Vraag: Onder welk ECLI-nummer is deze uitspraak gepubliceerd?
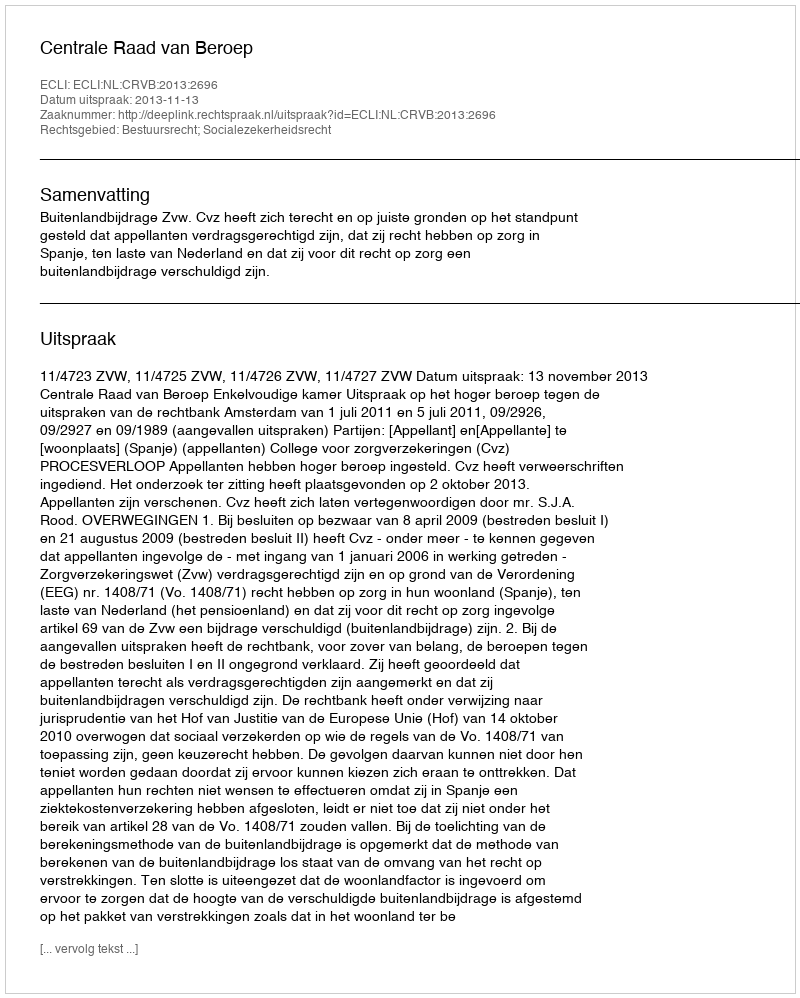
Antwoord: ECLI:NL:CRVB:2013:2696